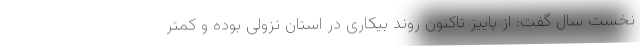
نخست سال گفت: از پاییز تاکنون روند بیکاری در استان نزولی بوده و کمتر